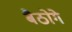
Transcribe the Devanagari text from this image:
बैठोगे